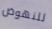
للنهوض